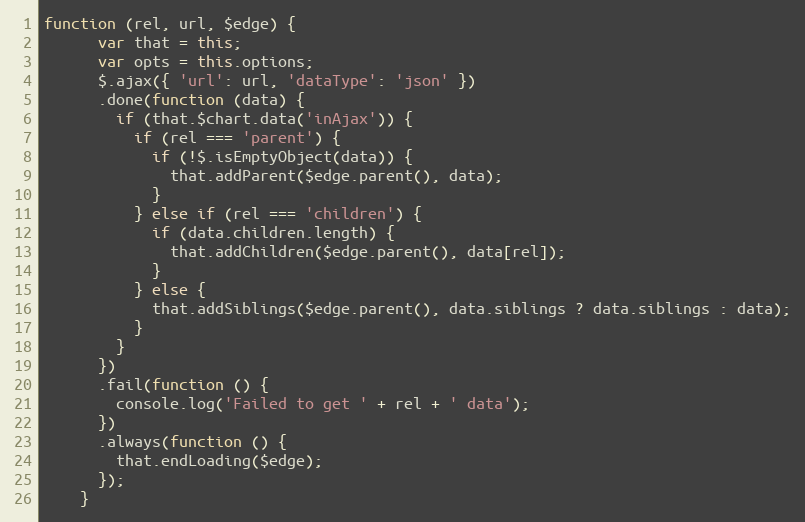
Language: JavaScript
function (rel, url, $edge) {
      var that = this;
      var opts = this.options;
      $.ajax({ 'url': url, 'dataType': 'json' })
      .done(function (data) {
        if (that.$chart.data('inAjax')) {
          if (rel === 'parent') {
            if (!$.isEmptyObject(data)) {
              that.addParent($edge.parent(), data);
            }
          } else if (rel === 'children') {
            if (data.children.length) {
              that.addChildren($edge.parent(), data[rel]);
            }
          } else {
            that.addSiblings($edge.parent(), data.siblings ? data.siblings : data);
          }
        }
      })
      .fail(function () {
        console.log('Failed to get ' + rel + ' data');
      })
      .always(function () {
        that.endLoading($edge);
      });
    }